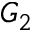
G _ { 2 }